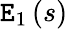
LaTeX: \mathtt{E}_{1}\left(s\right)